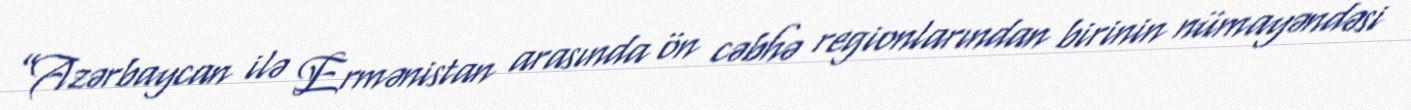
”Azərbaycan ilə Ermənistan arasında ön cəbhə regionlarından birinin nümayəndəsi